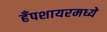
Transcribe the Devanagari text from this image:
हँपशायरमध्ये